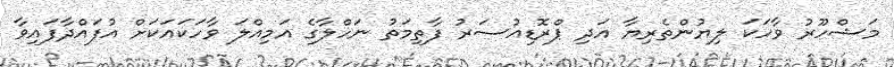
މަޝްހޫރު ވާހަކަ ލިޔުންތެރިޔާ އަދި ޕްރޮޑިއުސަރު ފާތިމަތު ނަހްލާގެ އަމިއްލަ ވާހަކައަކަށް އުފައްދާފައިވާ